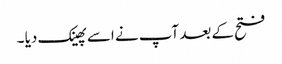
فتح کے بعد آپ نے اسے پھینک دیا ۔